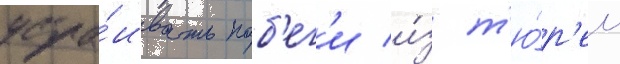
устра́ивать поб'ег'и и́з т'ю́р'ем